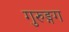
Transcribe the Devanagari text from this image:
गुरुङ्गग